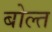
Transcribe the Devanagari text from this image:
बोल्त